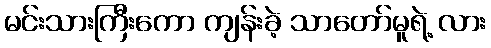
မင်းသားကြီးကော ကျန်းခဲ့ သာတော်မူရဲ့ လား